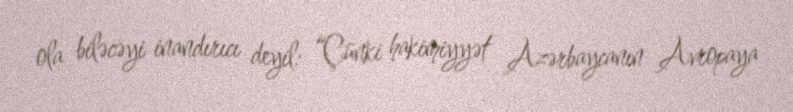
ola biləcəyi inandırıcı deyil: “Çünki hakimiyyət Azərbaycanın Avropaya